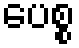
ပေစ္စ